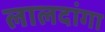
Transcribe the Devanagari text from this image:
लालदांगा